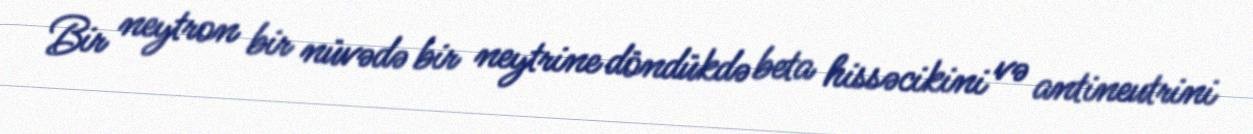
Bir neytron bir nüvədə bir neytrine döndükdə beta hissəcikini və antineutrini